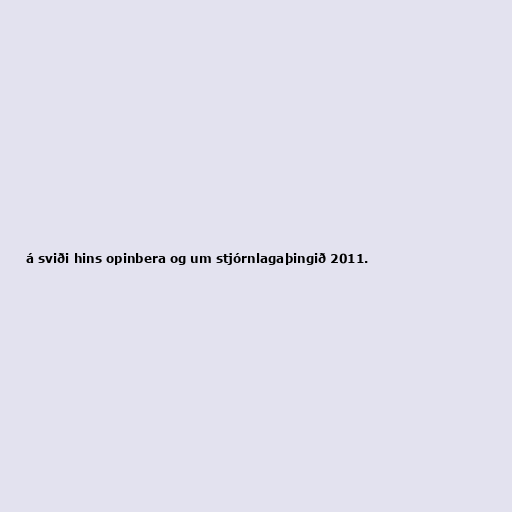
á sviði hins opinbera og um stjórnlagaþingið 2011.